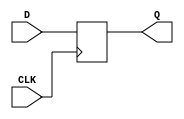
module DFFN_1 (output reg Q, input CLK, D);
	parameter [0:0] INIT = 1'b0;
	initial Q = INIT;
	always @(negedge CLK)
		Q <= D;
endmodule